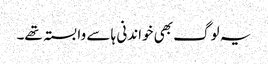
یہ لوگ بھی خواندنی ہا سے وابستہ تھے۔